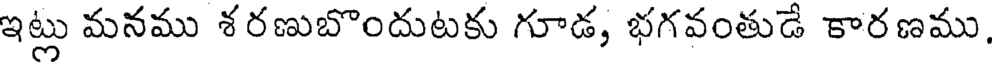
ఇట్లు మనము శరణుబొందుటకు గూడ, భగవంతుడే కారణము,